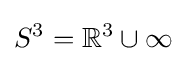
S^{3}=\mathbb {R} ^{3}\cup \infty